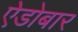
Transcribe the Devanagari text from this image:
ऐडोबार